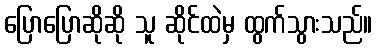
ပြောပြောဆိုဆို သူ ဆိုင်ထဲမှ ထွက်သွားသည်။